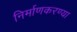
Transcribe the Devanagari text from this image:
निर्माणकरण्या